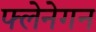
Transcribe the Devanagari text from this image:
फ्लेनेगन